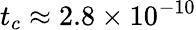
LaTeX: t_{c}\approx 2.8\times 10^{-10}